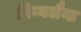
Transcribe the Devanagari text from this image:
फिनलैन्ड